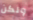
ولكن